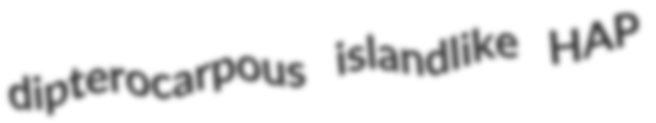
dipterocarpous islandlike HAP